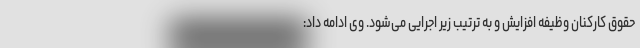
حقوق کارکنان وظیفه افزایش و به ترتیب زیر اجرایی می‌شود. وی ادامه داد: